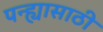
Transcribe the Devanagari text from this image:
पन्ह्यासाठी